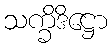
သက္ခိဒိဋ္ဌော